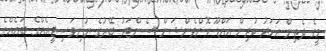
މީގެ ދެތިން އަހަރު ކުރިން އައްޑޫ ކޮންވެންޝަން ސެންޓަރު ބޭރުގެ ޔުނިވަސިޓީއެއްގެ ބައެއްގެ